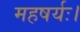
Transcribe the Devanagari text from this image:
महषर्यः।